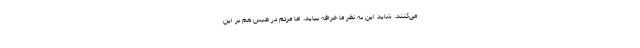
می‌کنند. شاید این به نظر ما خرافه بیاید، اما مردم در طبس هم بر این